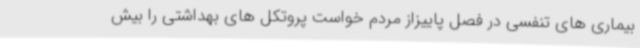
بیماری های تنفسی در فصل پاییزاز مردم خواست پروتکل های بهداشتی را بیش